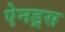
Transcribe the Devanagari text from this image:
ऐनड्रस